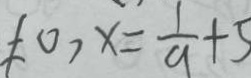
\neq 0 , x = \frac { 1 } { a } + 5